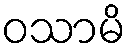
ဝသာမိ